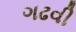
ગઢવી